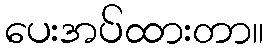
ပေးအပ်ထားတာ။